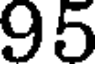
95